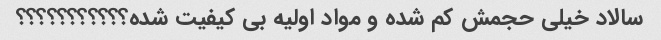
سالاد خیلی حجمش کم شده و مواد اولیه بی کیفیت شده؟؟؟؟؟؟؟؟؟؟؟